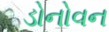
ડોનોવન